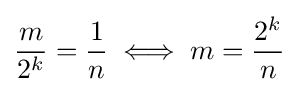
{\frac {m}{2^{k}}}={\frac {1}{n}}\;\Longleftrightarrow \;m={\frac {2^{k}}{n}}